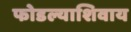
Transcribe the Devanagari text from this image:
फोडल्याशिवाय